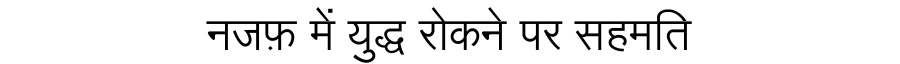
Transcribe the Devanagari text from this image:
नजफ़ में युद्ध रोकने पर सहमति